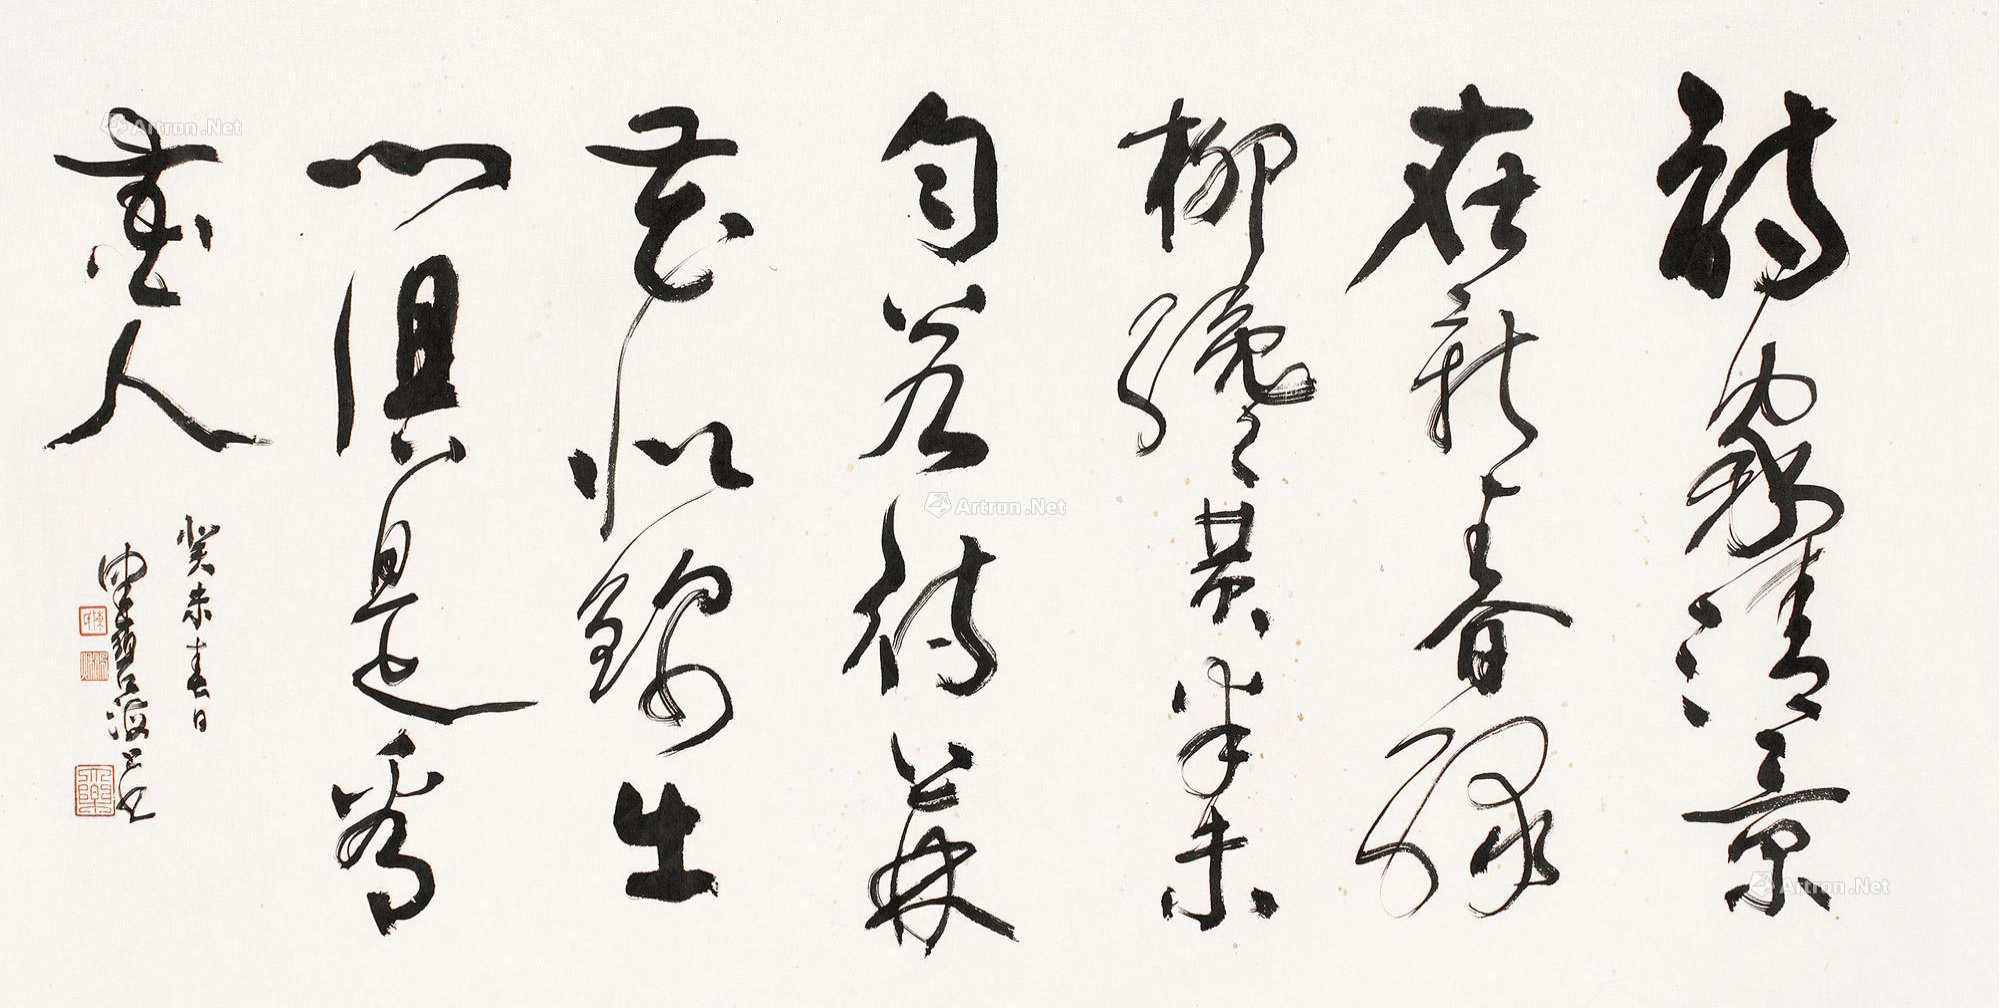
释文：诗家清景在新春，绿柳才黄半未匀。若待上林花似锦，出门俱是看花人。癸未春日，健碧海上书。